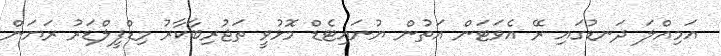
އަމިއްލަ ދަނޑުގައި ރޭ އެވަޓަން އަތުން ޔުނައިޓެޑް މޮޅުވީ ތަޖުރިބާކާރު މިޑްފީލްޑަރު ރަޔަން